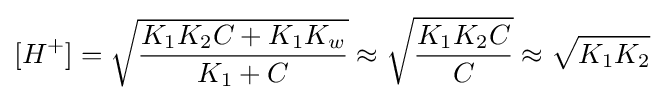
[H^{+}]={\sqrt {{K_{1}K_{2}C+K_{1}K_{w}} \over {K_{1}+C}}}\approx {\sqrt {{K_{1}K_{2}C} \over {C}}}\approx {\sqrt {K_{1}K_{2}}}